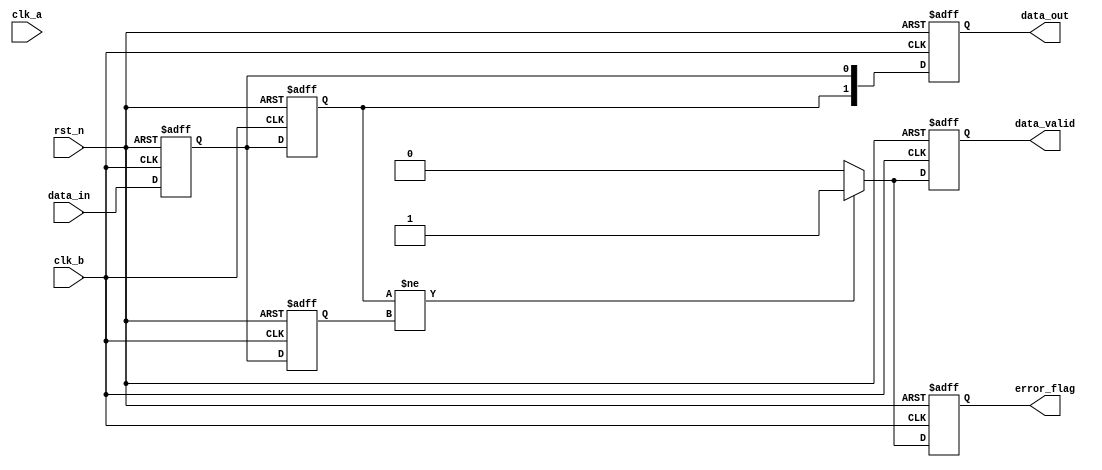
module cdc_detector (
    input wire clk_a,           // Source clock domain
    input wire clk_b,           // Destination clock domain
    input wire rst_n,           // Active low reset
    input wire data_in,         // Data signal from source domain
    output reg data_valid,      // Indicates valid data after synchronization
    output reg error_flag,      // Error flag indicating transition or metastability
    output reg [1:0] data_out   // Sampled data output
);

// Internal registers for synchronization
reg sync_ff1;
reg sync_ff2;

// Previous sampled value for transition detection
reg [1:0] prev_data_out;

// Synchronization process
always @(posedge clk_b or negedge rst_n) begin
    if (!rst_n) begin
        sync_ff1 <= 1'b0;
        sync_ff2 <= 1'b0;
        data_out <= 2'b00;
        prev_data_out <= 2'b00;
        data_valid <= 1'b0;
        error_flag <= 1'b0;
    end else begin
        // First flip-flop captures the incoming data signal
        sync_ff1 <= data_in;

        // Second flip-flop resolves metastability
        sync_ff2 <= sync_ff1;

        // Update the output data
        data_out <= {sync_ff2, sync_ff1}; // Store both sampled values for diagnostics

        // Check for valid data and transitions
        if (sync_ff2 != prev_data_out[0]) begin
            data_valid <= 1'b1; // Data is valid if there is a change
            error_flag <= 1'b1;  // Set error flag for transition detection
        end else begin
            data_valid <= 1'b0;  // Clear valid flag if no change
            error_flag <= 1'b0;   // Clear error flag if no transition
        end

        // Update previous data for next comparison
        prev_data_out <= {sync_ff2, sync_ff1};
    end
end

endmodule